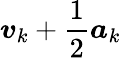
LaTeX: {\boldsymbol{v}}_{k}+{\frac{1}{2}}{\boldsymbol{a}}_{k}